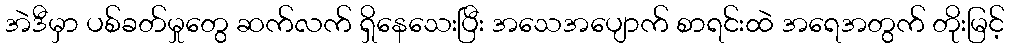
အဲဒီမှာ ပစ်ခတ်မှုတွေ ဆက်လက် ရှိနေသေးပြီး အသေအပျောက် စာရင်းထဲ အရေအတွက် တိုးမြင့်